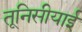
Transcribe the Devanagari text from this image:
तूनिसीयाई